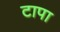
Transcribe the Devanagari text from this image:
टापा